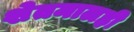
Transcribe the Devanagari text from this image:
शेतमालही